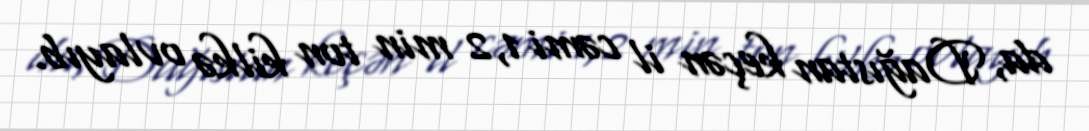
da, Dağıstan keçən il cəmi 1,2 min ton kilkə ovlayıb.